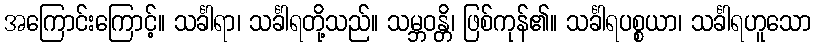
အကြောင်းကြောင့်။ သင်္ခါရာ၊ သင်္ခါရတို့သည်။ သမ္ဘဝန္တိ၊ ဖြစ်ကုန်၏။ သင်္ခါရပစ္စယာ၊ သင်္ခါရဟူသော